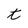
Character: t